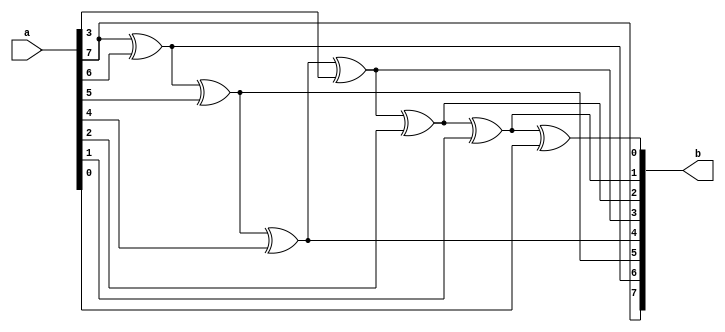
module gray_para_binario (
    input [7:0] a,
    output [7:0] b
);

assign b[7] = a[7];
assign b[6] = a[7] ^ a[6];
assign b[5] = a[7] ^ a[6] ^ a[5];
assign b[4] = a[7] ^ a[6] ^ a[5] ^ a[4];
assign b[3] = a[7] ^ a[6] ^ a[5] ^ a[4] ^ a[3];
assign b[2] = a[7] ^ a[6] ^ a[5] ^ a[4] ^ a[3] ^ a[2];
assign b[1] = a[7] ^ a[6] ^ a[5] ^ a[4] ^ a[3] ^ a[2] ^ a[1];
assign b[0] = a[7] ^ a[6] ^ a[5] ^ a[4] ^ a[3] ^ a[2] ^ a[1] ^ a[0];

endmodule